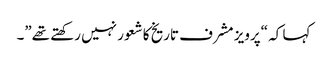
کہا کہ “پرویز مشرف تاریخ کا شعور نہیں رکھتے تھے”۔